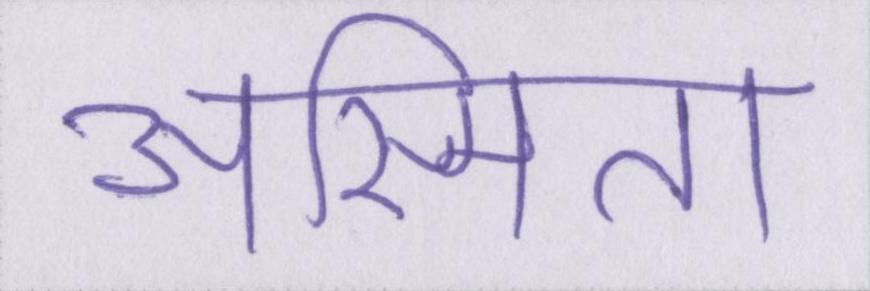
अस्मिता